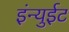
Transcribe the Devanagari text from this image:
इंन्युईट